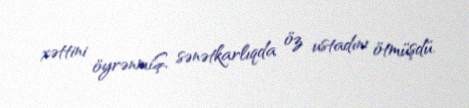
xəttini öyrənmiŞ, sənətkarlıqda öz ustadını ötmüşdü.